Vaccination in Burma 1900-1911 - 1900-1911
Year: 1900
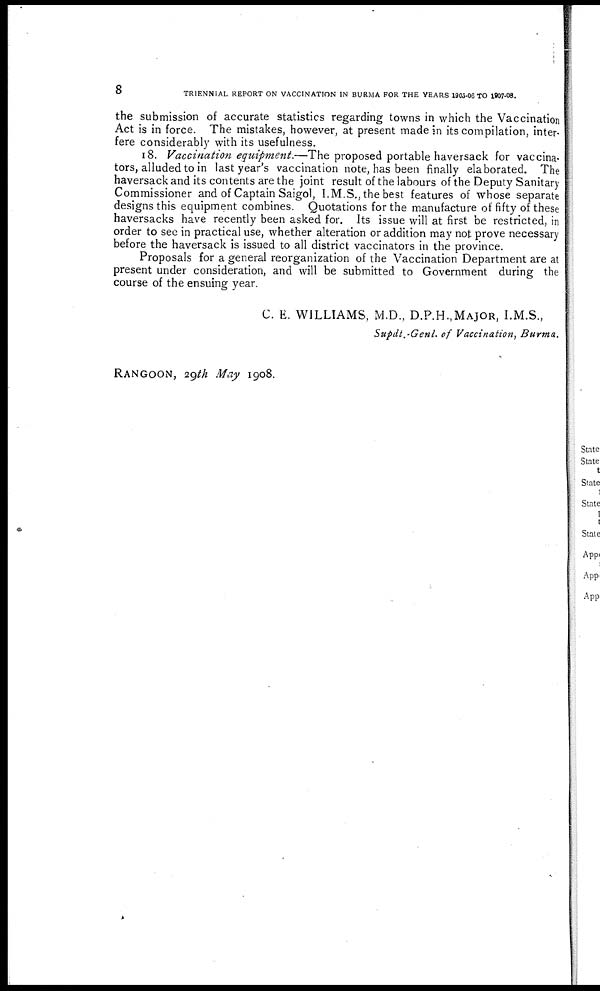
8
TRIENNIAL REPORT ON VACCINATION IN BURMA FOR THE YEARS 1905-06 TO 1907-08.
the submission of accurate statistics regarding towns in which the Vaccination
Act is in force. The mistakes, however, at present made in its compilation, inter-
fere considerably with its usefulness.
18. Vaccination equipment.—The proposed portable haversack for vaccina-
tors, alluded to in last year's vaccination note, has been finally elaborated. The
haversack and its contents are the joint result of the labours of the Deputy Sanitary
Commissioner and of Captain Saigol, I.M.S., the best features of whose separate
designs this equipment combines. Quotations for the manufacture of fifty of these
haversacks have recently been asked for. Its issue will at first be restricted, in
order to see in practical use, whether alteration or addition may not prove necessary
before the haversack is issued to all district vaccinators in the province.
Proposals for a general reorganization of the Vaccination Department are at
present under consideration, and will be submitted to Government during the
course of the ensuing year.
C. E. WILLIAMS, M.D., D.P.H.,MAJOR, I.M.S.,
Supdt.-Genl. of Vaccination, Burma.
RANGOON, 29th May 1908.